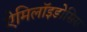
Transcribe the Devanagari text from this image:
ऐमिलॉइडोसिस